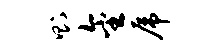
则金虎